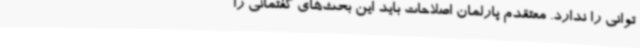
توانی را ندارد. معتقدم پارلمان اصلاحات باید این بحث‌های گفتمانی را